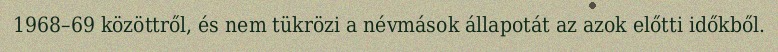
1968–69 közöttről, és nem tükrözi a névmások állapotát az azok előtti időkből.